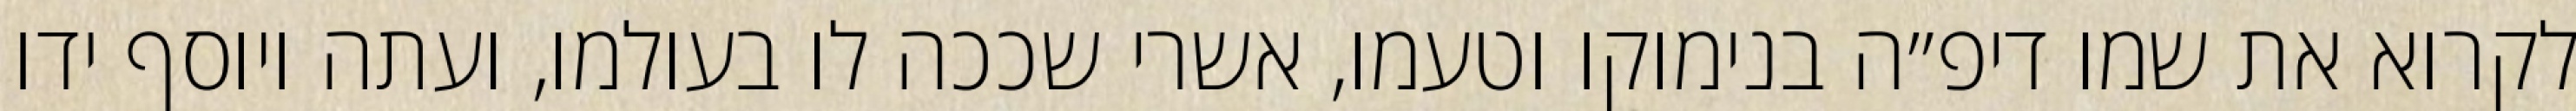
לקרוא את שמו דיפ״ה בנימוקו וטעמו, אשרי שככה לו בעולמו, ועתה ויוסף ידו